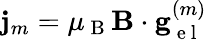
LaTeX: \mathbf{j}_{m}=\mu_{\mathrm{~B~}}\mathbf{B}\cdot\mathbf{g}_{\mathrm{~e~l~}}^{(m)}